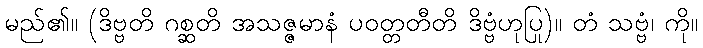
မည်၏။ (ဒိဗ္ဗတိ ဂစ္ဆတိ အသဇ္ဇမာနံ ပဝတ္တတီတိ ဒိဗ္ဗံဟုပြု)။ တံ သဗ္ဗံ၊ ကို။